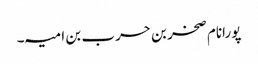
پورانام صخر بن حرب بن امیہ۔